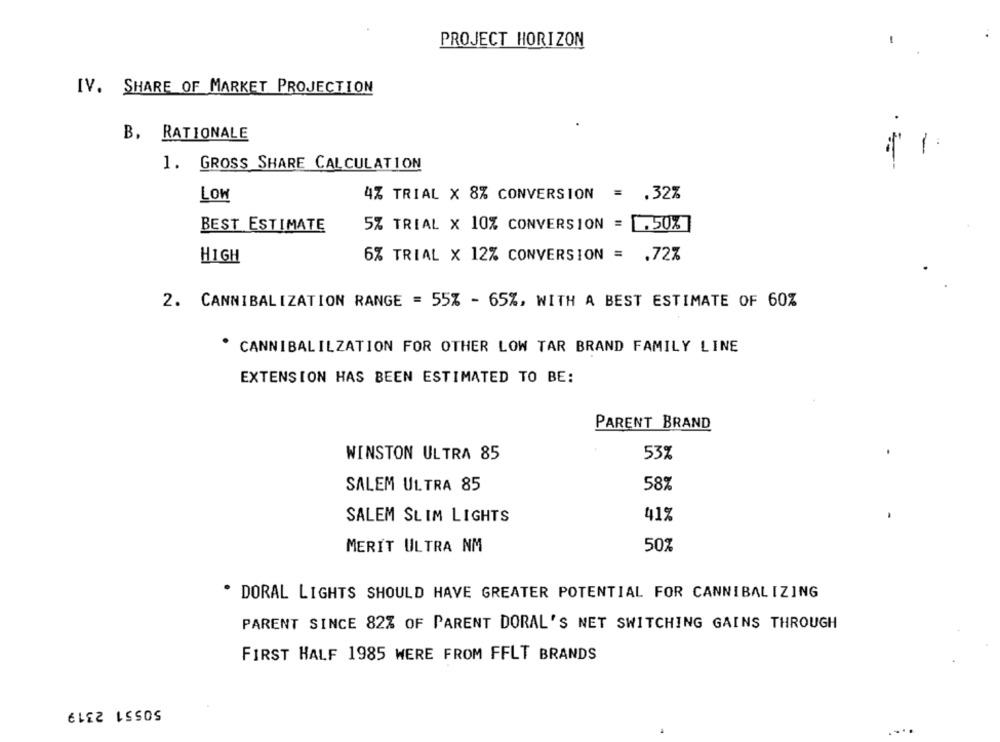
PROJECT HORIZON
IV. SHARE OF MARKET PROJECTION
B, RATIONALE
-
1. GROSS SHARE CALCULATION
LOW
4% TRIAL X 8% CONVERSION = . 32%
BEST ESTIMATE
5% TRIAL X 10% CONVERSION = , 50%
HIGH
6% TRIAL X 12% CONVERSION = . 72%
2. CANNIBALIZATION RANGE = 55% - 65%, WITH A BEST ESTIMATE OF 60%
. CANNIBALILZATION FOR OTHER LOW TAR BRAND FAMILY LINE
EXTENSION HAS BEEN ESTIMATED TO BE:
PARENT BRAND
WINSTON ULTRA 85
53%
SALEM ULTRA 85
58%
SALEM SLIM LIGHTS
41%
MERIT ULTRA NM
50%
. DORAL LIGHTS SHOULD HAVE GREATER POTENTIAL FOR CANNIBALIZING
PARENT SINCE 82% OF PARENT DORAL'S NET SWITCHING GAINS THROUGH
FIRST HALF 1985 WERE FROM FFLT BRANDS
50551 2319